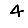
Digit: 4